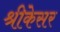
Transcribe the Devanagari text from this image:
श्रीकेसर